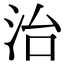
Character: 治